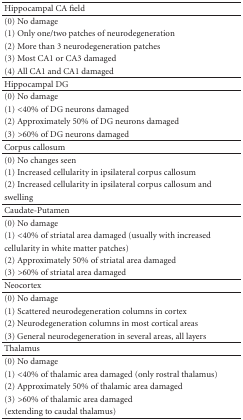
<table><thead><tr><td><b>Hippocampal CA field</b></td></tr></thead><tbody><tr><td>(0) No damage</td></tr><tr><td>(1) Only one/two patches of neurodegeneration</td></tr><tr><td>(2) More than 3 neurodegeneration patches</td></tr><tr><td>(3) Most CA1 or CA3 damaged</td></tr><tr><td>(4) All CA1 and CA1 damaged</td></tr><tr><td>Hippocampal DG</td></tr><tr><td>(0) No damage</td></tr><tr><td>(1) &lt;40% of DG neurons damaged</td></tr><tr><td>(2) Approximately 50% of DG neurons damaged</td></tr><tr><td>(3) &gt;60% of DG neurons damaged</td></tr><tr><td>Corpus callosum</td></tr><tr><td>(0) No changes seen</td></tr><tr><td>(1) Increased cellularity in ipsilateral corpus callosum</td></tr><tr><td>(2) Increased cellularity in ipsilateral corpus callosum and</td></tr><tr><td>swelling</td></tr><tr><td>Caudate-Putamen</td></tr><tr><td>(0) No damage</td></tr><tr><td>(1) &lt;40% of striatal area damaged (usually with increased</td></tr><tr><td> cellularity in white matter patches)</td></tr><tr><td>(2) Approximately 50% of striatal area damaged</td></tr><tr><td>(3) &gt;60% of striatal area damaged</td></tr><tr><td>Neocortex</td></tr><tr><td>(0) No damage</td></tr><tr><td>(1) Scattered neurodegeneration columns in cortex</td></tr><tr><td>(2) Neurodegeneration columns in most cortical areas</td></tr><tr><td>(3) General neurodegeneration in several areas, all layers</td></tr><tr><td>Thalamus</td></tr><tr><td>(0) No damage</td></tr><tr><td>(1) &lt;40% of thalamic area damaged (only rostral thalamus)</td></tr><tr><td>(2) Approximately 50% of thalamic area damaged</td></tr><tr><td>(3) &gt;60% of thalamic area damaged</td></tr><tr><td>(extending to caudal thalamus)</td></tr></tbody></table>